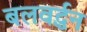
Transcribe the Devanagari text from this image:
बलवर्द्धन